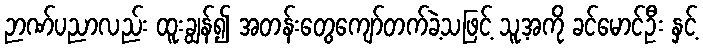
ဉာဏ်ပညာလည်း ထူးချွန်၍ အတန်းတွေကျော်တက်ခဲ့သဖြင့် သူ့အကို ခင်မောင်ဦး နှင့်